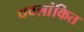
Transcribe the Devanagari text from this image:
धवलांकित